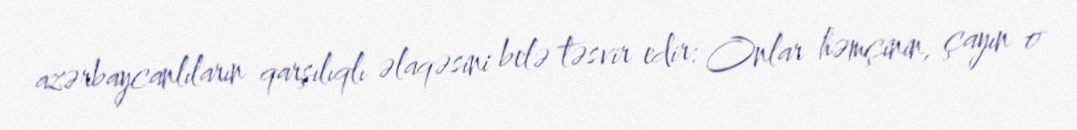
azərbaycanlıların qarşılıqlı əlaqəsini belə təsvir edir: Onlar həmçinin, çayın o